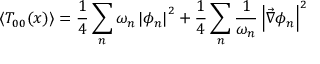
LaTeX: \left\langle T _ { 0 0 } ( x ) \right\rangle = \frac { 1 } { 4 } \sum _ { n } \omega _ { n } \left| \phi _ { n } \right| ^ { 2 } + \frac { 1 } { 4 } \sum _ { n } \frac { 1 } { \omega _ { n } } \left| \vec { \nabla } \phi _ { n } \right| ^ { 2 }